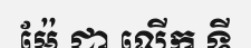
ម៉ែ ជា លើក ទី